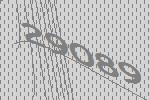
29089